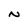
Character: N